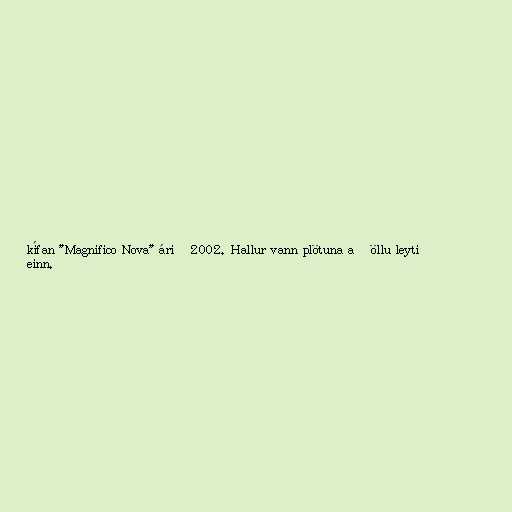
kífan "Magnifico Nova" árið 2002. Hallur vann plötuna að öllu leyti
einn.